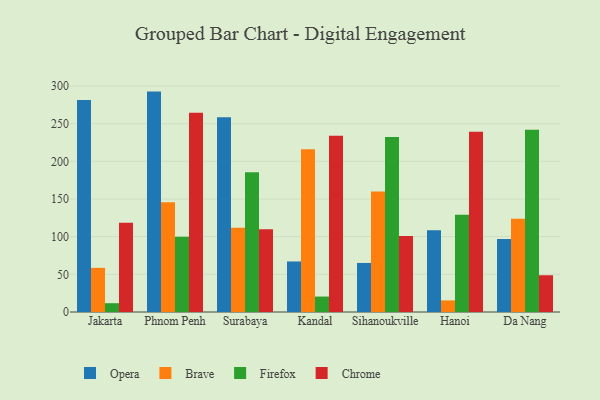
{"axis": {"x": "City", "y": "Active Users"}, "legend": ["Brave", "Chrome", "Firefox", "Opera"], "data": [{"x": "Jakarta", "y": 281.4, "type": "Opera"}, {"x": "Jakarta", "y": 58.6, "type": "Brave"}, {"x": "Jakarta", "y": 11.7, "type": "Firefox"}, {"x": "Jakarta", "y": 118.6, "type": "Chrome"}, {"x": "Phnom Penh", "y": 292.6, "type": "Opera"}, {"x": "Phnom Penh", "y": 145.6, "type": "Brave"}, {"x": "Phnom Penh", "y": 100.0, "type": "Firefox"}, {"x": "Phnom Penh", "y": 264.6, "type": "Chrome"}, {"x": "Surabaya", "y": 258.5, "type": "Opera"}, {"x": "Surabaya", "y": 111.7, "type": "Brave"}, {"x": "Surabaya", "y": 185.6, "type": "Firefox"}, {"x": "Surabaya", "y": 109.8, "type": "Chrome"}, {"x": "Kandal", "y": 67.1, "type": "Opera"}, {"x": "Kandal", "y": 216.2, "type": "Brave"}, {"x": "Kandal", "y": 20.5, "type": "Firefox"}, {"x": "Kandal", "y": 234.1, "type": "Chrome"}, {"x": "Sihanoukville", "y": 65.1, "type": "Opera"}, {"x": "Sihanoukville", "y": 159.9, "type": "Brave"}, {"x": "Sihanoukville", "y": 232.4, "type": "Firefox"}, {"x": "Sihanoukville", "y": 100.8, "type": "Chrome"}, {"x": "Hanoi", "y": 108.6, "type": "Opera"}, {"x": "Hanoi", "y": 15.4, "type": "Brave"}, {"x": "Hanoi", "y": 129.2, "type": "Firefox"}, {"x": "Hanoi", "y": 239.4, "type": "Chrome"}, {"x": "Da Nang", "y": 96.8, "type": "Opera"}, {"x": "Da Nang", "y": 123.7, "type": "Brave"}, {"x": "Da Nang", "y": 241.8, "type": "Firefox"}, {"x": "Da Nang", "y": 48.8, "type": "Chrome"}]}